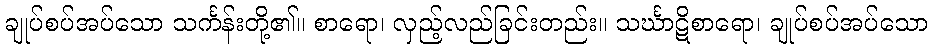
ချုပ်စပ်အပ်သော သင်္ကန်းတို့၏။ စာရော၊ လှည့်လည်ခြင်းတည်း။ သင်္ဃာဋိစာရော၊ ချုပ်စပ်အပ်သော